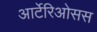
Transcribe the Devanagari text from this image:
आर्टेरिओसस